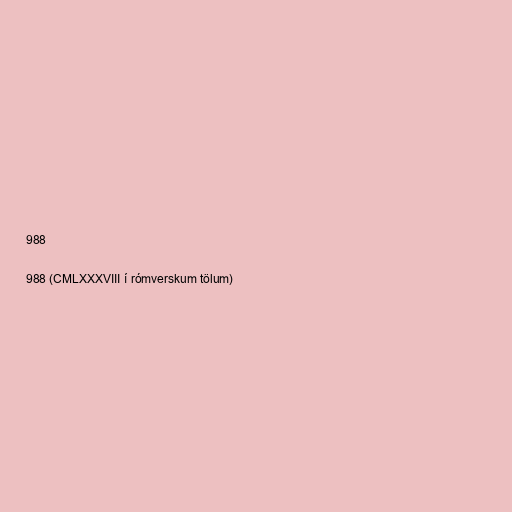
988

988 (CMLXXXVIII í rómverskum tölum)